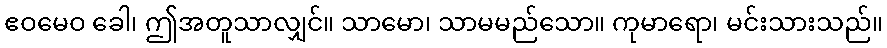
ဧဝမေဝ ခေါ၊ ဤအတူသာလျှင်။ သာမော၊ သာမမည်သော။ ကုမာရော၊ မင်းသားသည်။